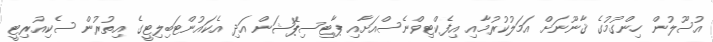
އުސޫލުން ހިންގުމުގެ ޤާނޫނަށް އަމަލުކުރުމާއި އިފެކްޓިވްނެސްއަށާއި ޕާޓިސިޕޭޝަން އަދި އެކައުންޓަބިލިޓީގެ އިތުރުން ސެކިއުރިޓީ